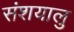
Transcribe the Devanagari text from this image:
संशयालु